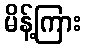
မိန့်ကြား